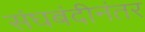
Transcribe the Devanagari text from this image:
संघबंदीनंतर